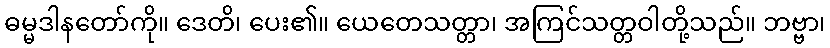
ဓမ္မဒါနတော်ကို။ ဒေတိ၊ ပေး၏။ ယေတေသတ္တာ၊ အကြင်သတ္တဝါတို့သည်။ ဘဗ္ဗာ၊